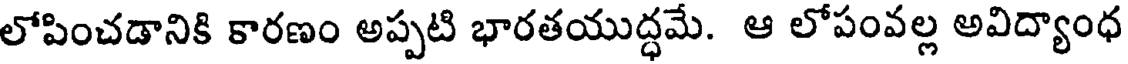
లోపించడానికి కారణం అప్పటి భారతయుద్ధమే. ఆ లోపంవల్ల అవిద్యాంధ